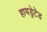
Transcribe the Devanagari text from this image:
हायड्रेटेड